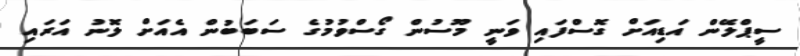
ސީޕްލޭން އަޑިއަށް ގޮސްފައި ވަނީ މޫސުުން ގޯސްވުމުގެ ސަބަބުން އެއަށް ލޮނު އަރައި